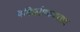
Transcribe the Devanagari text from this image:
वकिलीव्यवसाय